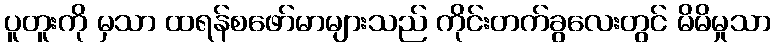
ပူတူးကို မှသာ ထရန်စဖော်မာများသည် ကိုင်းတက်ခွလေးတွင် မိမိမှုသာ